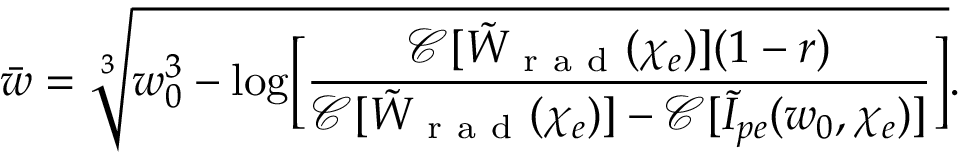
\bar { w } = \sqrt [ 3 ] { w _ { 0 } ^ { 3 } - \log \biggl [ \frac { \mathcal { C } [ \tilde { W } _ { \mathrm { ~ r ~ a ~ d ~ } } ( \chi _ { e } ) ] ( 1 - r ) } { \mathcal { C } [ \tilde { W } _ { \mathrm { ~ r ~ a ~ d ~ } } ( \chi _ { e } ) ] - \mathcal { C } [ \tilde { I } _ { p e } ( w _ { 0 } , \chi _ { e } ) ] } \biggr ] } .